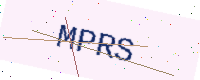
Text: MPRS